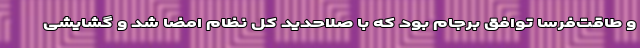
و طاقت‌فرسا توافق برجام بود که با صلاحدید کل نظام امضا شد و گشایشی